Destruction of fleas by exposure to the sun - Number 40
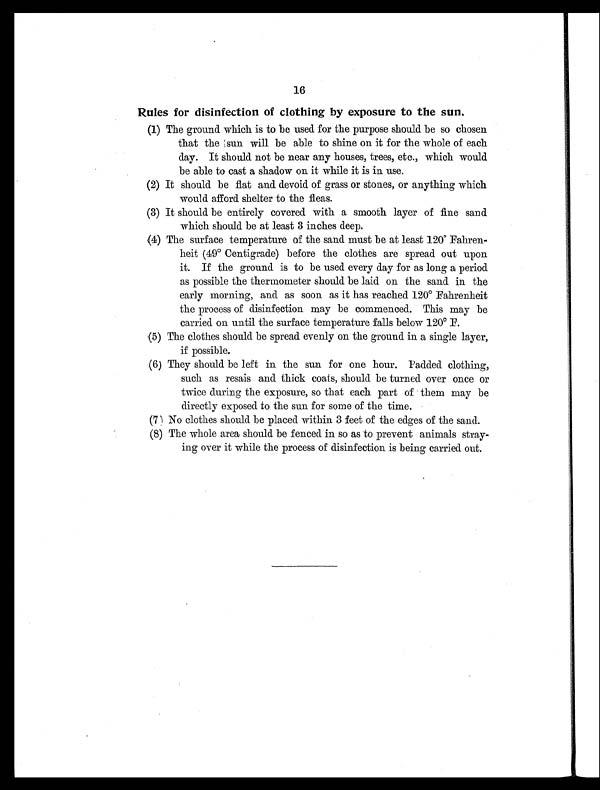
16
Rules for disinfection of clothing by exposure to the sun.
(1) The ground which is to be used for the purpose should be so chosen
that the sun will be able to shine on it for the whole of each
day. It should not be near any houses, trees, etc., which would
be able to cast a shadow on it while it is in use.
(2) It should be flat and devoid of grass or stones, or anything which
would afford shelter to the fleas.
(3) It should be entirely covered with a smooth layer of fine sand
which should be at least 3 inches deep.
(4) The surface temperature of the sand must be at least 120°
Fahren-
heit (49° Centigrade) before the clothes are spread out upon
it. If the ground is to be used every day for as long a period
as possible the thermometer should be laid on the sand in the
early morning, and as soon as it has reached 120° Fahrenheit
the process of disinfection may be commenced. This may be
carried on until the surface temperature falls below 120° F.
(5) The clothes should be spread evenly on the ground in a single layer,
if possible.
(6) They should be left in the sun for one hour. Padded clothing,
such as resais and thick coats, should be turned over once or
twice during the exposure, so that each part of them may be
directly exposed to the sun for some of the time.
(71 No clothes should be placed within 3 feet of the edges of the sand.
(8) The whole area should be fenced in so as to prevent animals stray-
ing over it while the process of disinfection is being carried out.